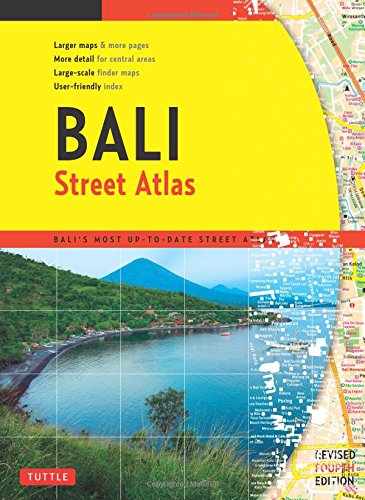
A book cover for Bali Street Atlas Fourth Edition; Periplus Editions; Travel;